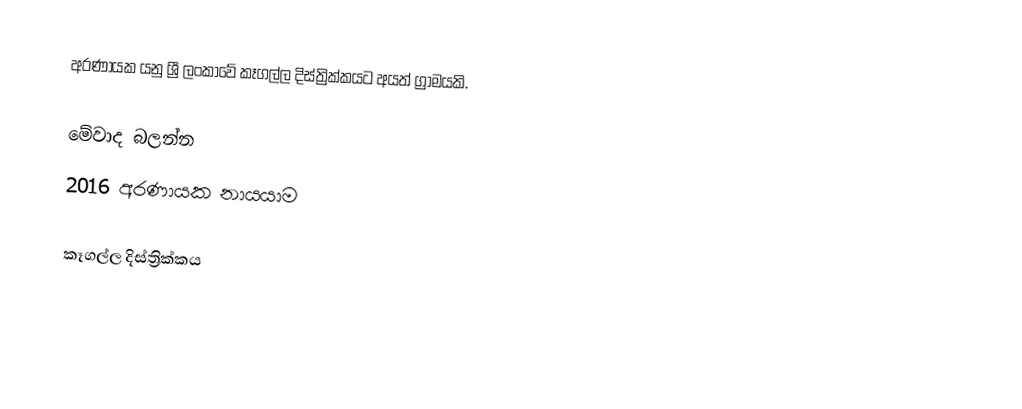
අරණායක යනු ශ්‍රී ලංකාවේ කෑගල්ල දිස්ත්‍රික්කයට අයත් ග්‍රාමයකි.

මේවාද බලන්න
 2016 අරණායක නායයාම

කෑගල්ල දිස්ත්‍රික්කය